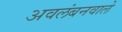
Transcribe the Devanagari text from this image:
अवलंबनवाले